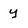
Character: y